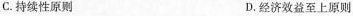
C. 持续性原则 D. 经济效益至上原则